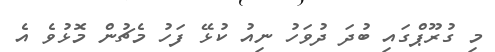
މި ގުރޫޕްގައި ބުދަ ދުވަހު ނިއު ކުޅޭ ފަހު މެޗުން މޮޅުވެ އެ